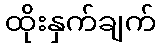
ထိုးနှက်ချက်